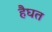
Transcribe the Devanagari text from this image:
हैघत